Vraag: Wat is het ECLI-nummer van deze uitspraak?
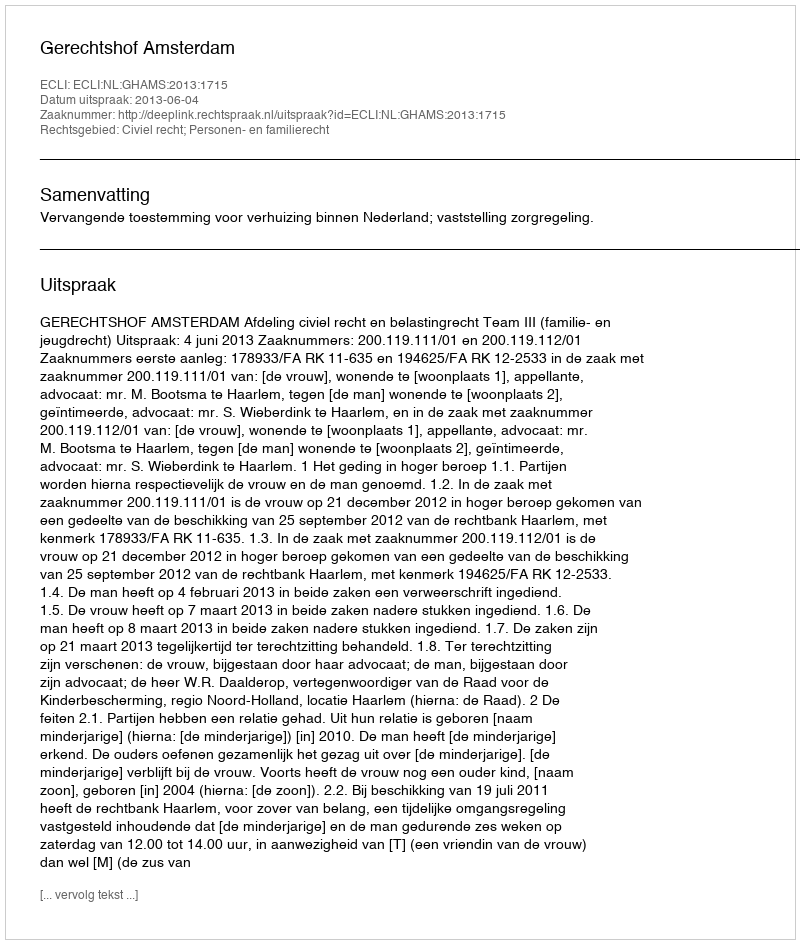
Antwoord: ECLI:NL:GHAMS:2013:1715